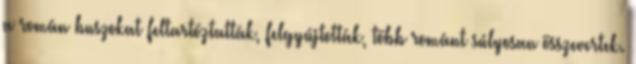
a román buszokat feltartóztatták, felgyújtották, több románt súlyosan összevertek.